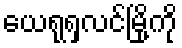
ယေရုရှလင်မြို့ကို